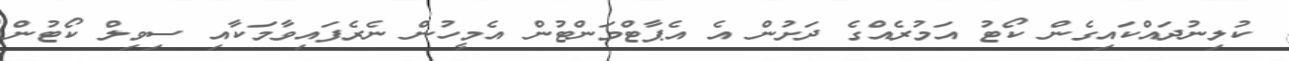
ކުލިނުދައްކައިގެން ކޯޓު އަމުރެއްގެ ދަށުން އެ އެޕާޓްމަންޓުން އެމީހުން ނެރެފައިވާމަކާއި ސިވިލް ކޯޓުން